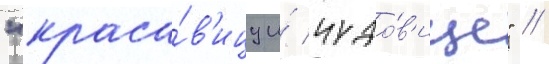
"краса́в'ицу и́ чудо́в'ище" //